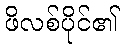
ဖိလစ်ပိုင်၏